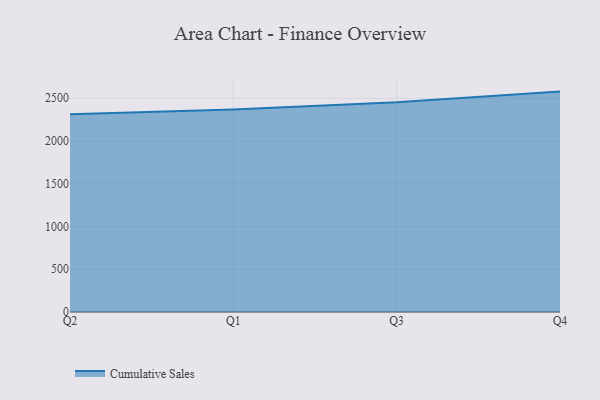
{"axis": {"x": "Quarter", "y": "Page Views"}, "legend": ["Cumulative Sales"], "data": [{"x": "Q2", "y": 2313.2, "type": "Cumulative Sales"}, {"x": "Q1", "y": 2368.9, "type": "Cumulative Sales"}, {"x": "Q3", "y": 2452.2, "type": "Cumulative Sales"}, {"x": "Q4", "y": 2578.1, "type": "Cumulative Sales"}]}